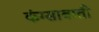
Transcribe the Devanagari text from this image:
कंग्साबाती